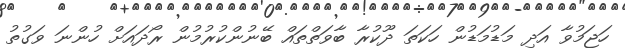
ހަޖަމުވާ އަދި މަޑުމަޑުން ހަކަތަ ދޫކުރާ ބާވަތްތައް ބޭނުންކުރުމުން ރޯދައަށް ހުންނަ ވަގުތު